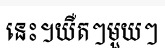
នេះ។យឺតៗមួយៗ